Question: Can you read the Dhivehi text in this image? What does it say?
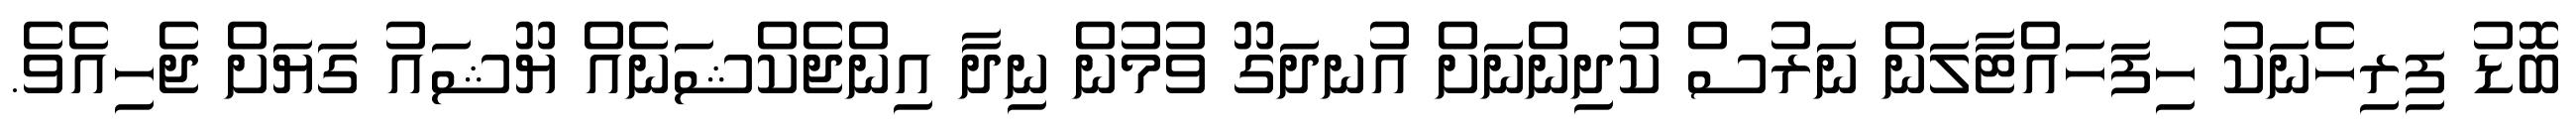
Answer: ބޮޑު ފިރިހެނަކު ހިފަހައްޓާލަން ނަރުސް ކުދިންނަށް އުނދަގޫ ވުމުން ނިދާ އިންޖެކްޝަނެއް ޔޫޝައު ގަޔަށް ޖެހިއެވެ.